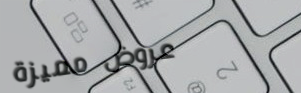
عروض مميزة